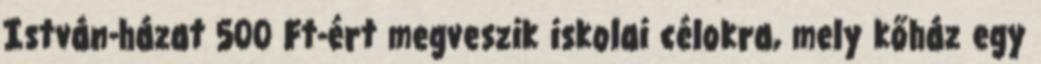
István-házat 500 Ft-ért megveszik iskolai célokra, mely kőház egy